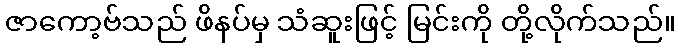
ဇာကော့ဗ်သည် ဖိနပ်မှ သံဆူးဖြင့် မြင်းကို တို့လိုက်သည်။